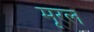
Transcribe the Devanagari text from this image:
मूरल